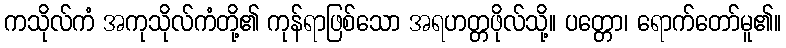
ကသိုလ်ကံ အကုသိုလ်ကံတို့၏ ကုန်ရာဖြစ်သော အရဟတ္တဖိုလ်သို့။ ပတ္တော၊ ရောက်တော်မူ၏။